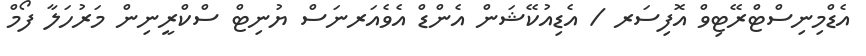
އެޑްމިނިސްޓްރޭޓިވް އޮފިސަރ / އެޑިއުކޭޝަން އެންޑް އެވެއަރނަސް ޔުނިޓް ސްކްރީނިން މަރުހަލާ ފޯމް